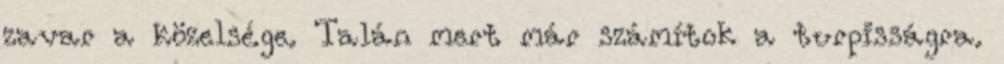
zavar a közelsége. Talán mert már számítok a turpisságra.